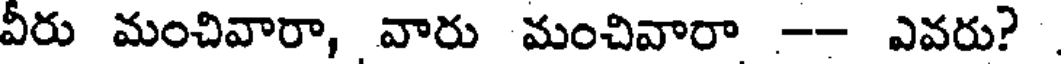
వీరు మంచివారా, వారు మంచివారా -- ఎవరు?